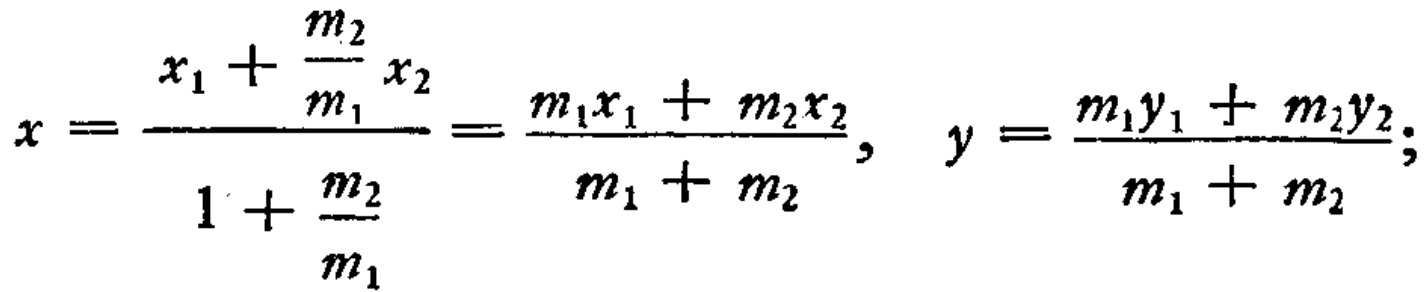
\[x = \frac{x_{1}+\frac{m_{2}}{m_{1}}x_{2}}{1 + \frac{m_{2}}{m_{1}}}=\frac{m_{1}x_{1}+m_{2}x_{2}}{m_{1}+m_{2}}, \quad y=\frac{m_{1}y_{1}+m_{2}y_{2}}{m_{1}+m_{2}};\]